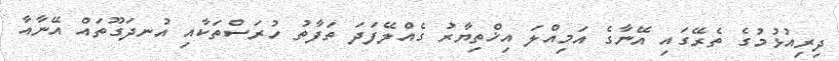
ދިރިއުޅުމުގެ ތެރޭގައި އޭނާގެ އަމިއްލަ އިޚްތިޔާރު ގެއްލޭފަދަ ތަފާތު ހުރަސްތަކާއި އުނދަގޫތައް އޭނާއާ